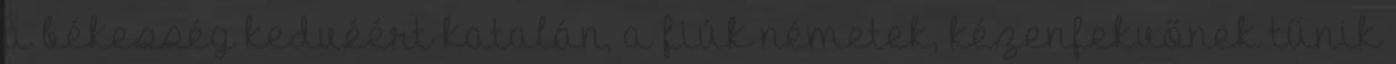
a békesség kedvéért katalán, a fiúk németek, kézenfekvőnek tűnik